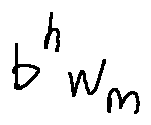
b ^ { h } w _ { m }